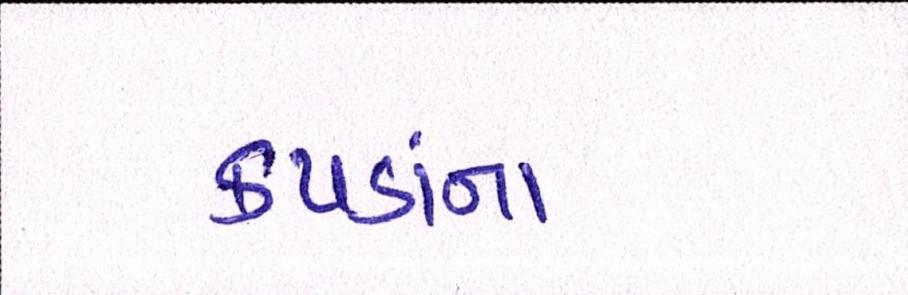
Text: કપડાંના